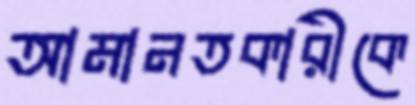
আমানতকারীকে